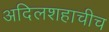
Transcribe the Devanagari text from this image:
अदिलशहाचीच